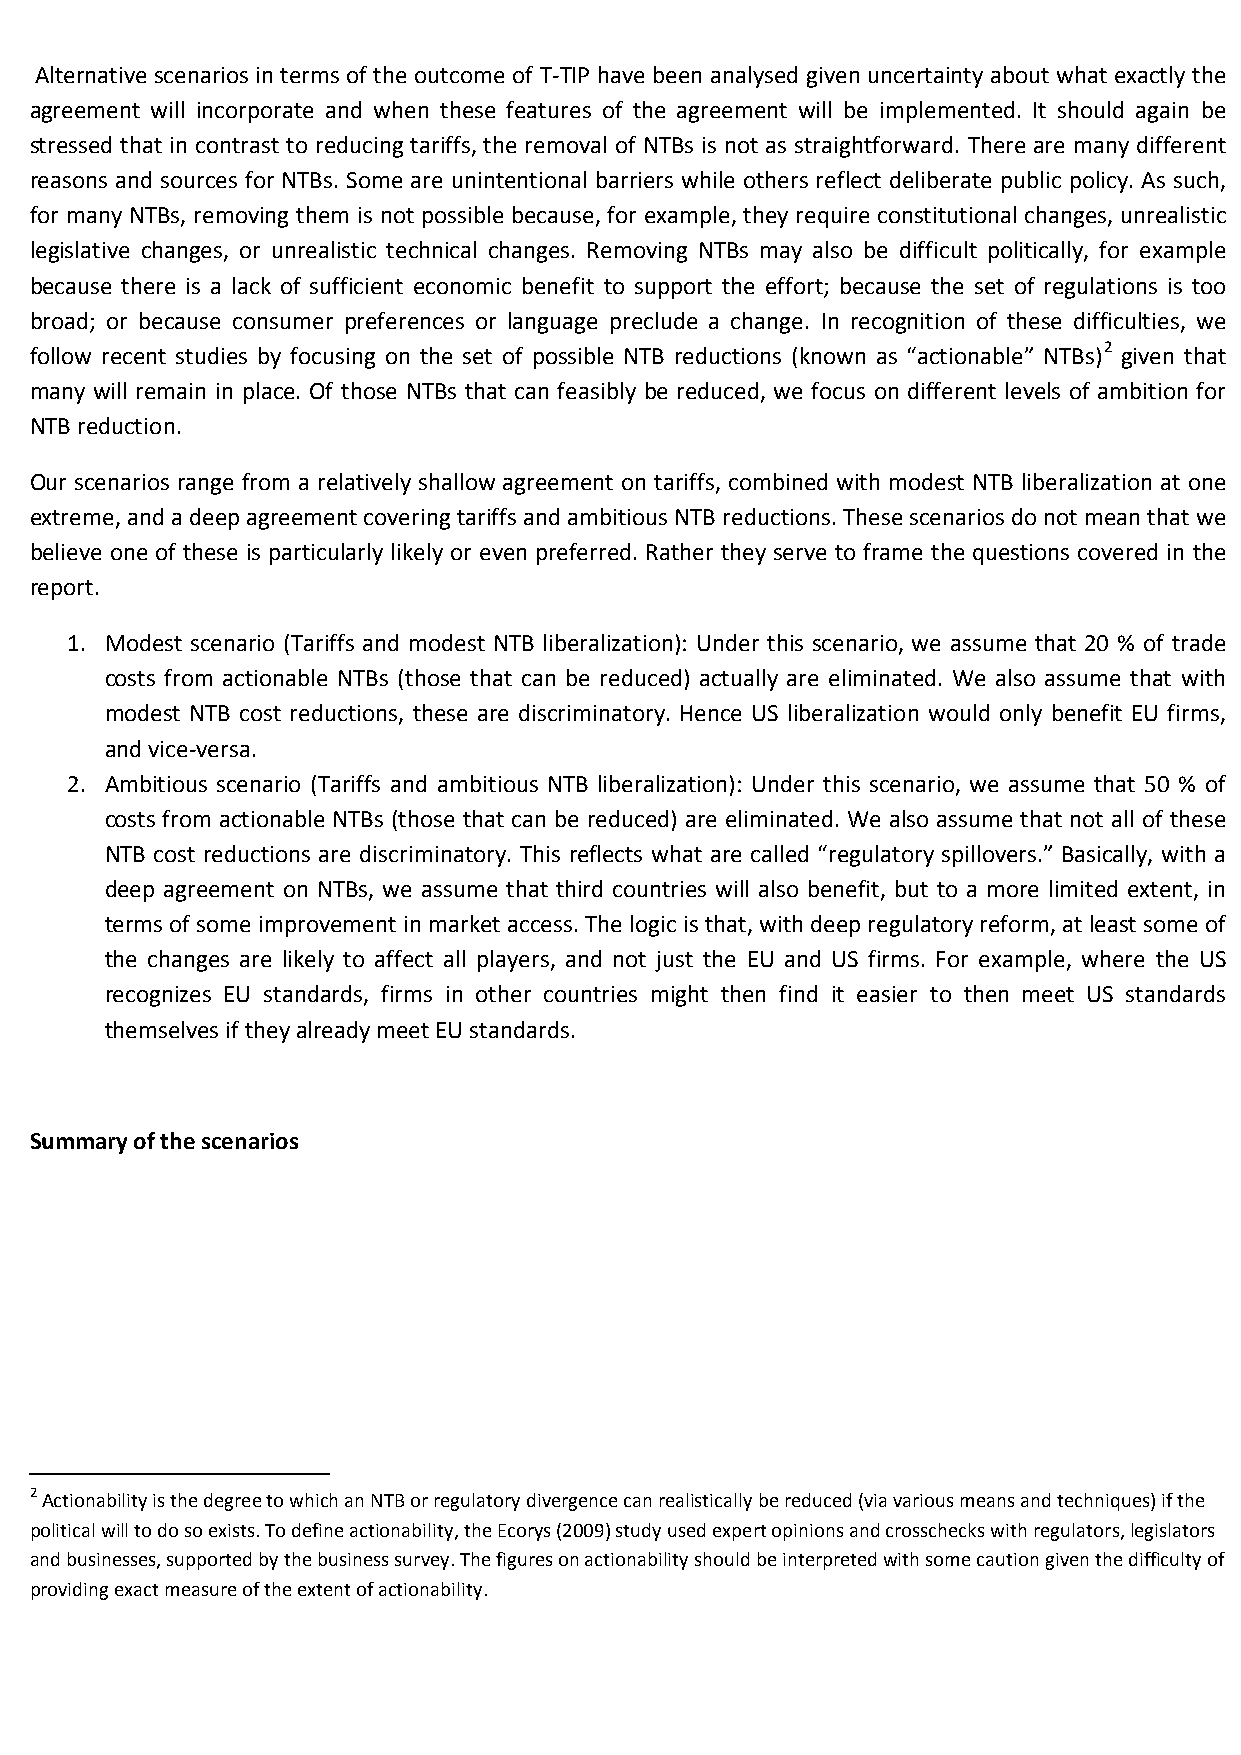
Alternative scenarios in terms of the outcome of T-TIP have been analysed given uncertainty about what exactly the
 agreement will incorporate and when these features of the agreement will be implemented. It should again be
 stressed that in contrast to reducing tariffs, the removal of NTBs is not as straightforward. There are many different
 reasons and sources for NTBs. Some are unintentional barriers while others reflect deliberate public policy. As such,
 for many NTBs, removing them is not possible because, for example, they require constitutional changes, unrealistic
 legislative changes, or unrealistic technical changes. Removing NTBs may also be difficult politically, for example
 because there is a lack of sufficient economic benefit to support the effort; because the set of regulations is too
 broad; or because consumer preferences or language preclude a change. In recognition of these difficulties, we
 follow recent studies by focusing on the set of possible NTB reductions (known as “actionable” NTBs)2 given that
 many will remain in place. Of those NTBs that can feasibly be reduced, we focus on different levels of ambition for
 NTB reduction.
 Our scenarios range from a relatively shallow agreement on tariffs, combined with modest NTB liberalization at one
 extreme, and a deep agreement covering tariffs and ambitious NTB reductions. These scenarios do not mean that we
 believe one of these is particularly likely or even preferred. Rather they serve to frame the questions covered in the
 report.
 1. Modest scenario (Tariffs and modest NTB liberalization): Under this scenario, we assume that 20 % of trade
 costs from actionable NTBs (those that can be reduced) actually are eliminated. We also assume that with
 modest NTB cost reductions, these are discriminatory. Hence US liberalization would only benefit EU firms,
 and vice-versa.
 2. Ambitious scenario (Tariffs and ambitious NTB liberalization): Under this scenario, we assume that 50 % of
 costs from actionable NTBs (those that can be reduced) are eliminated. We also assume that not all of these
 NTB cost reductions are discriminatory. This reflects what are called “regulatory spillovers.” Basically, with a
 deep agreement on NTBs, we assume that third countries will also benefit, but to a more limited extent, in
 terms of some improvement in market access. The logic is that, with deep regulatory reform, at least some of
 the changes are likely to affect all players, and not just the EU and US firms. For example, where the US
 recognizes EU standards, firms in other countries might then find it easier to then meet US standards
 themselves if they already meet EU standards.
 Summary of the scenarios
 2 Actionability is the degree to which an NTB or regulatory divergence can realistically be reduced (via various means and techniques) if the
 political will to do so exists. To define actionability, the Ecorys (2009) study used expert opinions and crosschecks with regulators, legislators
 and businesses, supported by the business survey. The figures on actionability should be interpreted with some caution given the difficulty of
 providing exact measure of the extent of actionability.